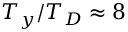
T _ { y } / T _ { D } \approx 8